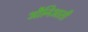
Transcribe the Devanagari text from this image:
औनिआती